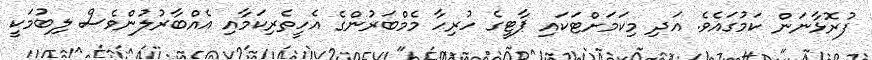
ފުރޮޅާނަން ކަމުގައެވެ. އަދި މިކަމަށްޓަކައި ޕާޓީގެ ހުރިހާ މެމްބަރުންގެ އެހީތެރިކަމާއި އެއްބާރުލުންވެސް ލިބުމަކީ